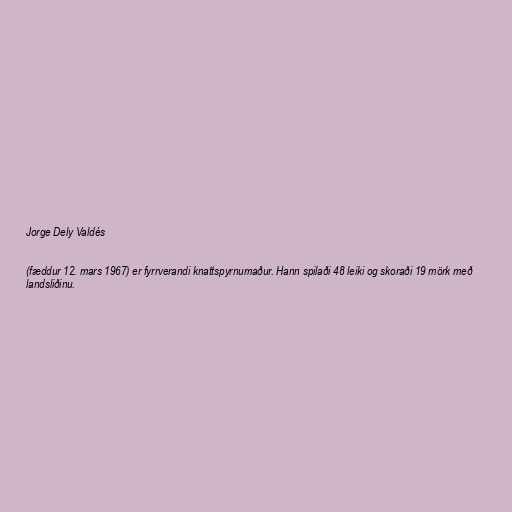
Jorge Dely Valdés

(fæddur 12. mars 1967) er fyrrverandi knattspyrnumaður. Hann spilaði 48 leiki og skoraði 19 mörk með
landsliðinu.